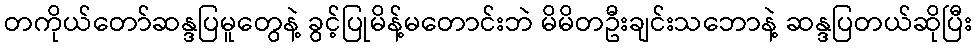
တကိုယ်တော်ဆန္ဒပြမူတွေနဲ့ ခွင့်ပြုမိန့်မတောင်းဘဲ မိမိတဦးချင်းသဘောနဲ့ ဆန္ဒပြတယ်ဆိုပြီး